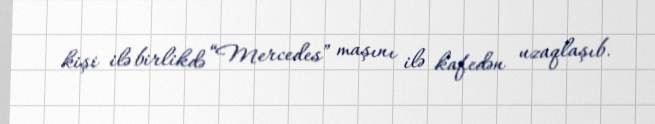
kişi ilə birlikdə “Mercedes” maşını ilə kafedən uzaqlaşıb.